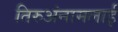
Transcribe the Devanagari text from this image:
तिरुअंनामलाई